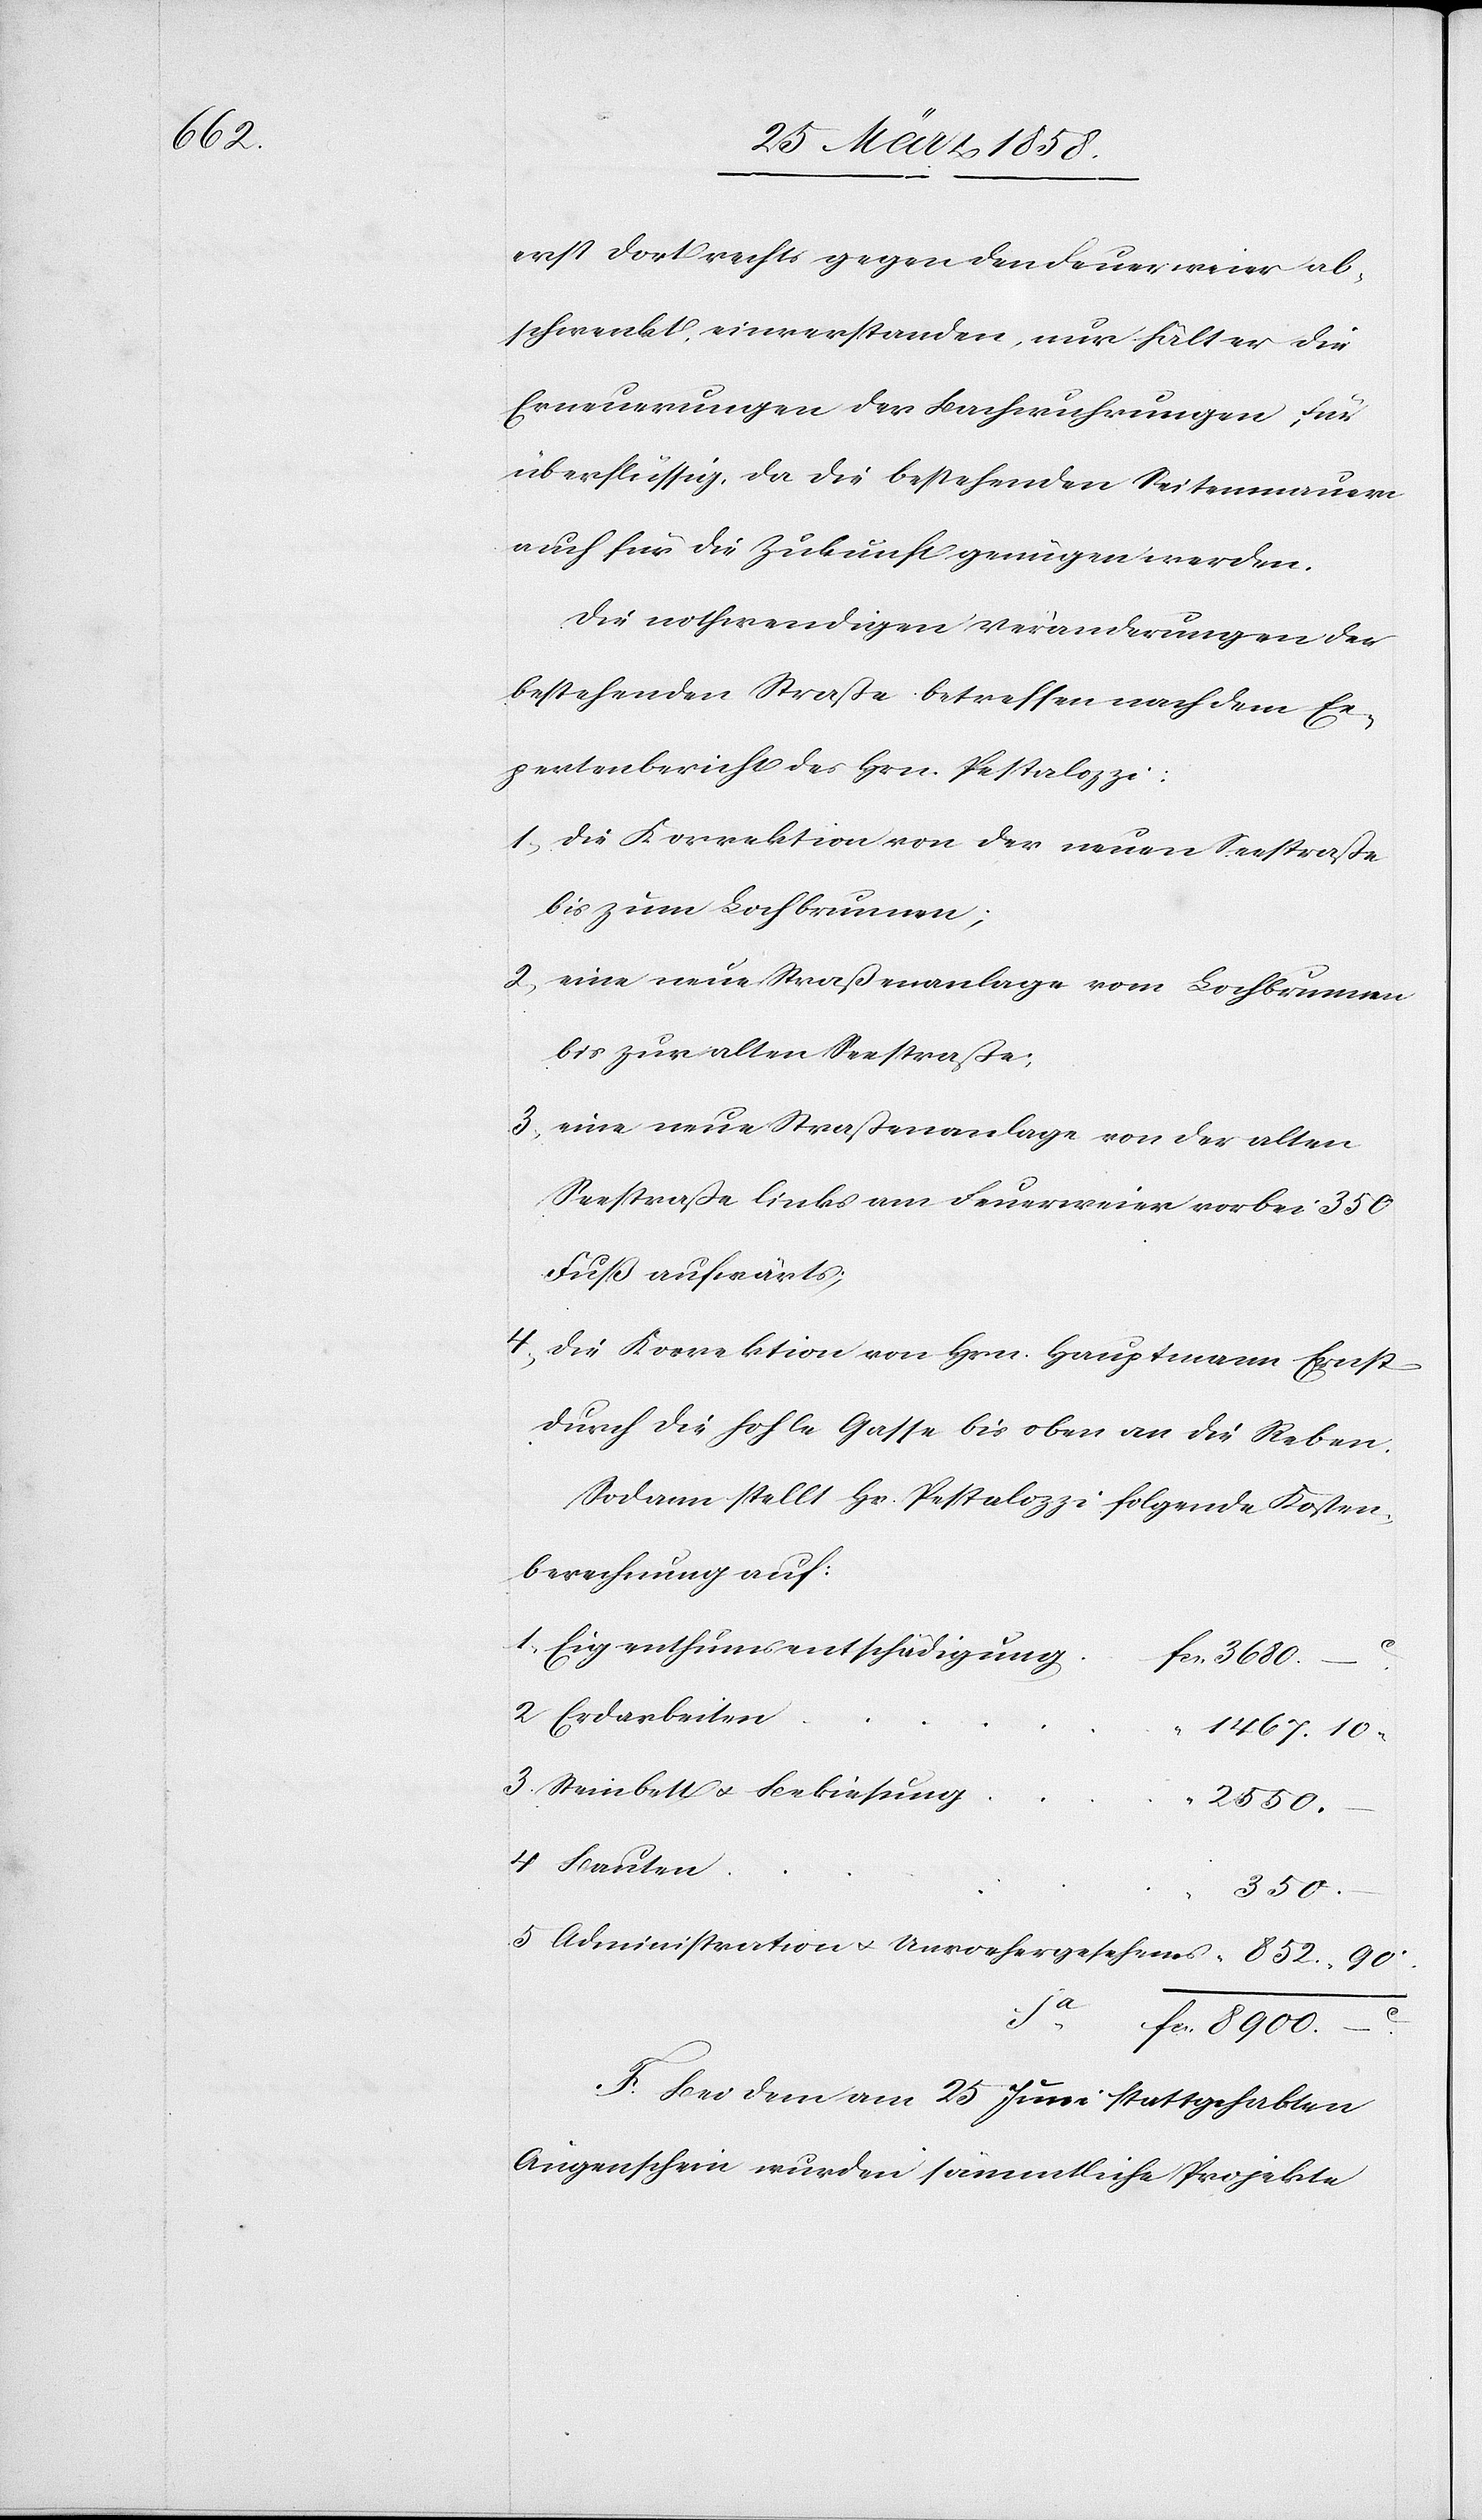
erst dort rechts gegen den Feuerweiser ab¬
schwenkt, einverstanden, nur hält er die
Erneuerungen der Bachwuhrungen für
überflüssig, da die bestehenden Seitenmauern
auch für die Zukunft genügen werden.
Die nothwendigen Veränderungen der
bestehenden Straße betreffend nach dem Ex¬
pertenbericht des Hrn. Pestalozzi:
1) die Korrektion von der neuen Seestraße
bis zum Lochbrunnen;
2) eine neue Straßenanlage vom Lochbrunnen
bis zur alten Seestraße;
3) eine neue Straßenanlage von der alten
Seestraße links am Feuerweier vorbei 350
Fuß aufwärts,
4) die Korrektion von Hrn. Hauptmann Ernst
durch die hohle Gasse bis oben an die Reben.
Sodann stellt Hr. Pestalozzi folgende Kosten¬
berechnung auf:
1. Eigenthumsentschädigung
2. Erdarbeiten
3. Steinbett u. Bekiesung
2550
4. Bauten
350
5. Administration u. Unvorhergesehenes
852
–
F. Bei dem am 25. Juni stattgehabten
Augenschein wurden sämmtliche Projekte